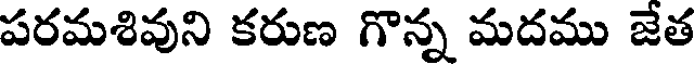
పరమశివుని కరుణ గొన్న మదము జేత